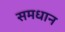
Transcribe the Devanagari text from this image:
समधान